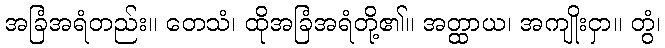
အခြံအရံတည်း။ တေသံ၊ ထိုအခြံအရံတို့၏။ အတ္ထာယ၊ အကျိုးငှာ။ တွံ၊